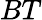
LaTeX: BT